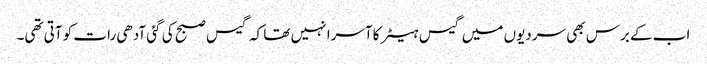
اب کے برس بھی سردیوں میں گیس ہیٹر کا آسرا نہیں تھا کہ گیس صبح کی گئی آدھی رات کو آتی تھی۔